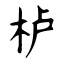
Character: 栌